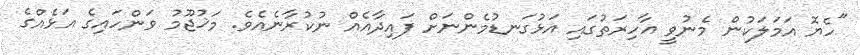
"ހެޔޮ އަމަލަކުން މެނުވީ އާހިރަތުގައި އަޅުގަނޑުމެންނަށް ފައިދާއެއް ނުކުރާނެއެވެ. މަޚުޖޫމު ވަންހައިގެ އަޅެއްގެ